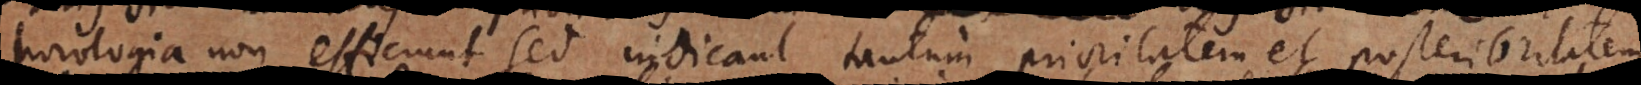
horologia non efficiunt sed indicant tantum prioritatem et posterioritatem,